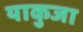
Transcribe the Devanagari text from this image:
याकुजा